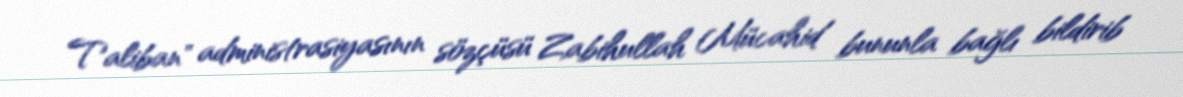
Taliban" administrasiyasının sözçüsü Zabihullah Mücahid bununla bağlı bildirib